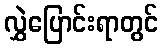
လွှဲပြောင်းရာတွင်